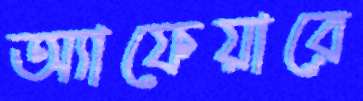
অ্যাফেয়ারে